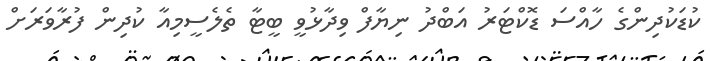
ކުޑަކުދިންގެ ހާއްސަ ޑޮކްޓަރު އަބްދު ނިޔާފް ވިދާޅުވީ ބީޓާ ތެލެސީމިއާ ކުދިން ފުރާވަރަށް